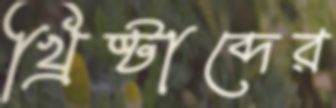
খ্রিষ্টাব্দের